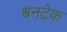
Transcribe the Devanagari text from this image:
श्वनटेक